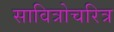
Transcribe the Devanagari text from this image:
सावित्रोचरित्र